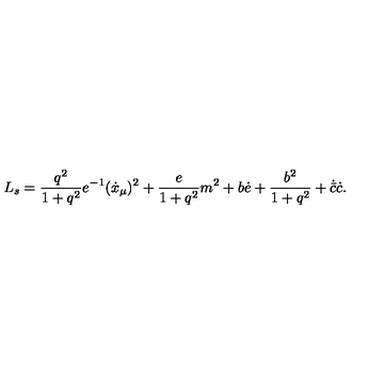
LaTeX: L _ { s } = \frac { q ^ { 2 } } { 1 + q ^ { 2 } } e ^ { - 1 } ( \dot { x } _ { \mu } ) ^ { 2 } + \frac { e } { 1 + q ^ { 2 } } m ^ { 2 } + b \dot { e } + \frac { b ^ { 2 } } { 1 + q ^ { 2 } } + \dot { \bar { c } } \dot { c } .